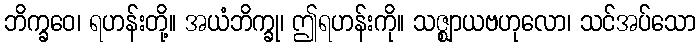
ဘိက္ခဝေ၊ ရဟန်းတို့။ အယံဘိက္ခု၊ ဤရဟန်းကို။ သဇ္ဈာယဗဟုလော၊ သင်အပ်သော